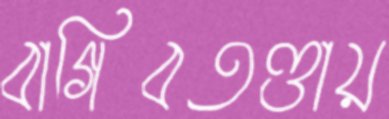
বাগিবতণ্ডায়